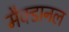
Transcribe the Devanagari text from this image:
मैक्डानल